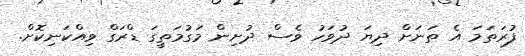
ފުރަތަމަ އެ ތަނަށް ދިޔަ ދުވަހު ވެސް ދުށިން މަގުމަތީގަ ޑްރަގް ވިއްކަނިކޮށް.